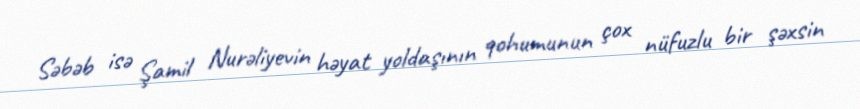
Səbəb isə Şamil Nurəliyevin həyat yoldaşının qohumunun çox nüfuzlu bir şəxsin